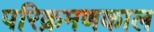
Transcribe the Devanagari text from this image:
परिक्रमणकाल